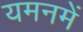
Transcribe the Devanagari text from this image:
यमनमें